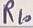
Text: R10